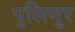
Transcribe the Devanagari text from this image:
पुलियुर